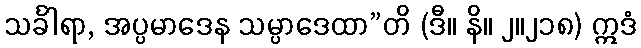
သင်္ခါရာ, အပ္ပမာဒေန သမ္ပာဒေထာ”တိ (ဒီ။ နိ။ ၂။၂၁၈) ဣဒံ